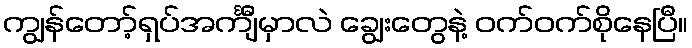
ကျွန်တော့်ရှပ်အင်္ကျီမှာလဲ ချွေးတွေနဲ့ ဝက်ဝက်စိုနေပြီ။